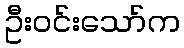
ဦးဝင်းသော်က